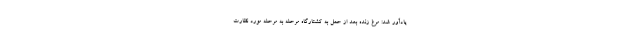
یادآور شد: مرغ زنده بعد از حمل به کشتارگاه مرحله به مرحله مورد نظارت